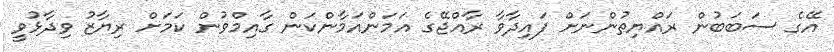
އޭގެ ސަބަބުން ރައްޔިތުންނަށް ފައިދާވާ ރާއްޖޭގެ އަމަންއަމާންކަން ގާއިމްވުން ކަމަށް ރިޔާޒު ވިދާޅުވީ